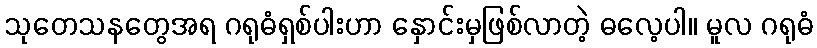
သုတေသနတွေအရ ဂရုဓံရှစ်ပါးဟာ နှောင်းမှဖြစ်လာတဲ့ ဓလေ့ပါ။ မူလ ဂရုဓံ